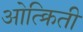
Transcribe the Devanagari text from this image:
ओत्क्रिती